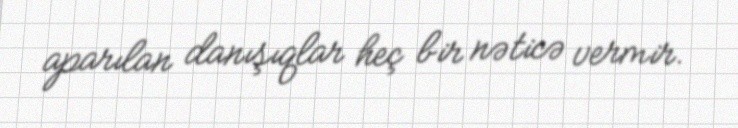
aparılan danışıqlar heç bir nəticə vermir.